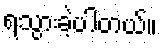
ရသွားခဲ့ပါတယ်။